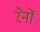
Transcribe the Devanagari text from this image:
रेनों